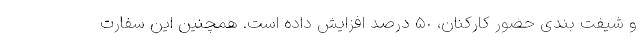
و شیفت بندی حضور کارکنان، ۵٠ درصد افزایش داده است. همچنین این سفارت